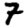
Digit: 7